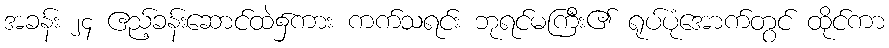
အခန်း ၂၄ ဧည့်ခန်းဆောင်ထဲ၌ကား ကက်သရင်း ဘုရင်မကြီး၏ ရုပ်ပုံအောက်တွင် ထိုင်ကာ